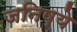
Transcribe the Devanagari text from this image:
जनिष्ये